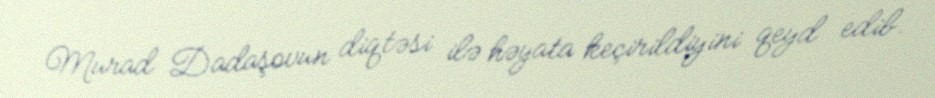
Murad Dadaşovun diqtəsi ilə həyata keçirildiyini qeyd edib.